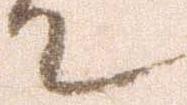
て